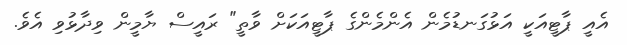
އެއީ ޕާޓީއަކީ އަޅުގަނޑުމެން އެންމެންގެ ޕާޓީއަކަށް ވާތީ" ރައީސް ޔާމީން ވިދާޅުވި އެވެ.